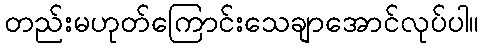
တည်းမဟုတ်ကြောင်းသေချာအောင်လုပ်ပါ။